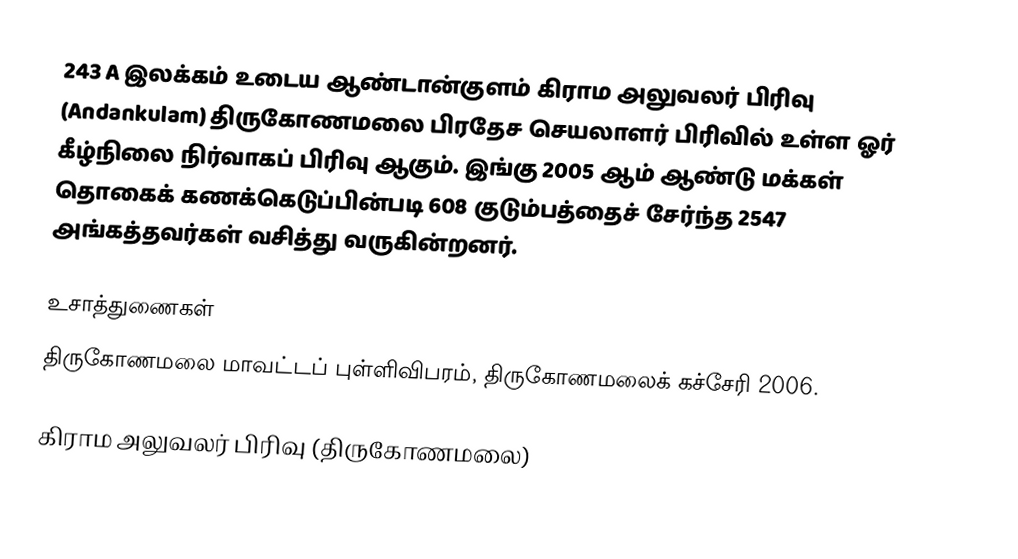
243 A இலக்கம்  உடைய ஆண்டான்குளம் கிராம அலுவலர் பிரிவு  (Andankulam) திருகோணமலை பிரதேச செயலாளர் பிரிவில் உள்ள ஓர் கீழ்நிலை நிர்வாகப் பிரிவு ஆகும். இங்கு 2005 ஆம் ஆண்டு மக்கள் தொகைக் கணக்கெடுப்பின்படி 608 குடும்பத்தைச் சேர்ந்த 2547 அங்கத்தவர்கள் வசித்து வருகின்றனர்.

உசாத்துணைகள்
திருகோணமலை மாவட்டப் புள்ளிவிபரம், திருகோணமலைக் கச்சேரி 2006.

கிராம அலுவலர் பிரிவு (திருகோணமலை)